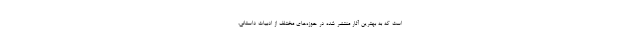
است که به بهترین آثار منتشر شده در حوزه‌های مختلف از ادبیات داستانی،